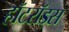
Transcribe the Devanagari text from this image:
हॉटरॉड्स